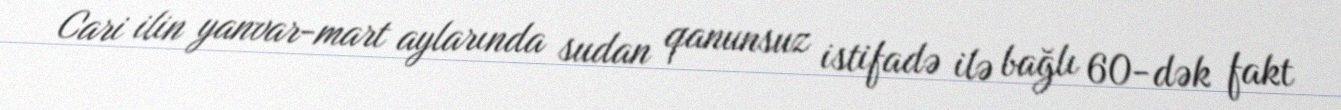
Cari ilin yanvar-mart aylarında sudan qanunsuz istifadə ilə bağlı 60-dək fakt